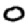
Digit: 0